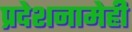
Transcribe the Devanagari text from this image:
प्रदेशनामेही